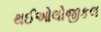
થઈઓલોજીકલ